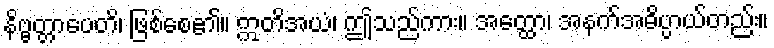
နိဗ္ဗတ္တာပေတိ၊ ဖြစ်စေ၏။ ဣတိအယံ၊ ဤသည်ကား။ အတ္ထော၊ အနက်အဓိပ္ပာယ်တည်း။